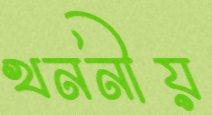
খননীয়